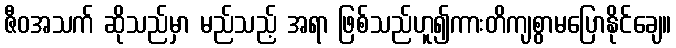
ဇီဝအသက် ဆိုသည်မှာ မည်သည့် အရာ ဖြစ်သည်ဟူ၍ကားတိကျစွာမပြောနိုင်ချေ။